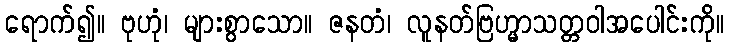
ရောက်၍။ ဗုဟုံ၊ များစွာသော။ ဇနတံ၊ လူနတ်ဗြဟ္မာသတ္တဝါအပေါင်းကို။